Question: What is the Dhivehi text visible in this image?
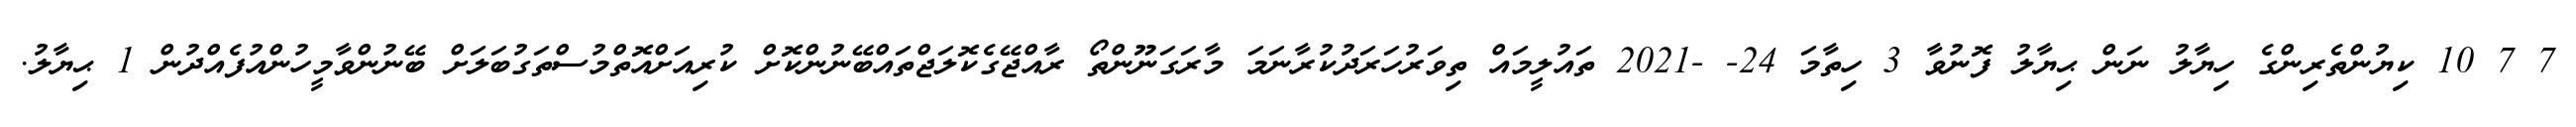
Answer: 7 7 10 ކިޔުންތެރިންގެ ހިޔާލު ނަން ޙިޔާލު ފޮނުވާ 3 ހިތާމަ 24- -2021 ތައުލީމައް ތިވަރުހަރަދުކުރާނަމަ މާރަގަނޫންތޯ ރާއްޖޭގެކޮލަޖްތައްބޭނުންކޮށް ކުރިއަށްއޮތްމުސްތަގުބަލަށް ބޭނުންވާމީހުންއުފެއްދުން 1 ޙިޔާލު.